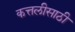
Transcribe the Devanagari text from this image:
कत्तलीसाठी